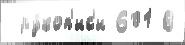
 ру́коп'ис'и 601 В